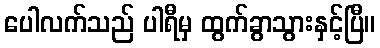
ပေါလက်သည် ပါရီမှ ထွက်ခွာသွားနှင့်ပြီ။